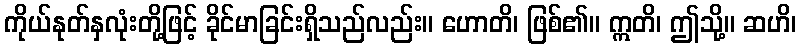
ကိုယ်နုတ်နှလုံးတို့ဖြင့် ခိုင်မာခြင်းရှိသည်လည်း။ ဟောတိ၊ ဖြစ်၏။ ဣတိ၊ ဤသို့။ ဆဟိ၊